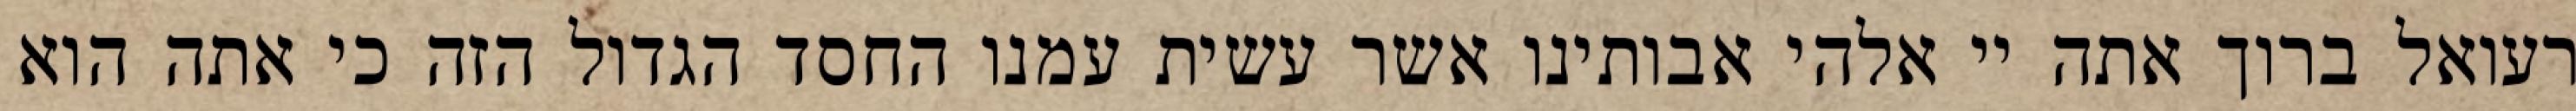
רעואל ברוך אתה יי אלהי אבותינו אשר עשית עמנו החסד הגדול הזה כי אתה הוא